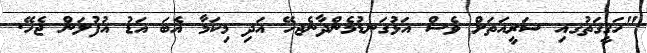
"ހަގީގަތުގއި ޝަރީއަތަށް ވެސް އަޅުގަނޑުމެންދާނެޖހޭ އަދި މިކަމާ އެބަ އަޑު އުފުލަން ޖެހޭ.